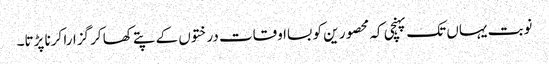
نوبت یہاں تک پہنچی کہ محصور ین کو بسااوقات درختوں کے پتے کھا کر گزارا کرنا پڑتا۔